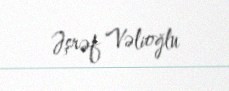
Əşrəf Vəlioğlu